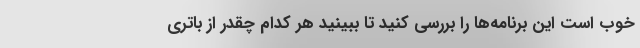
خوب است این برنامه‌ها ‌را بررسی کنید تا ببینید هر کدام چقدر از باتری